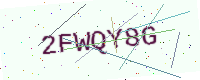
Text: 2FWQY8G